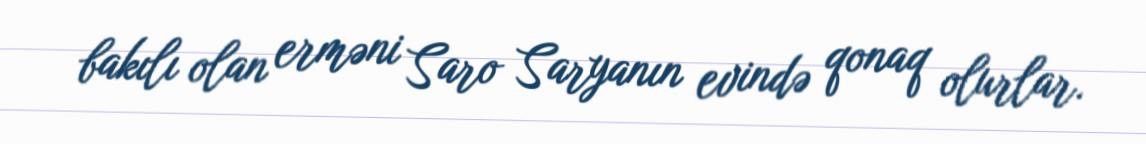
bakılı olan erməni Saro Saryanın evində qonaq olurlar.